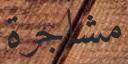
مشاجرة